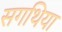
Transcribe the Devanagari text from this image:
सगथिया